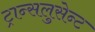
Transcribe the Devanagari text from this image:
ट्रान्सलुसेन्ट